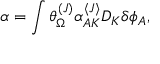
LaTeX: \alpha = \int \theta _ { \Omega } ^ { ( J ) } \alpha _ { A K } ^ { \langle J \rangle } D _ { K } \delta \phi _ { A } ,